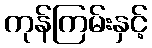
ကုန်ကြမ်းနှင့်